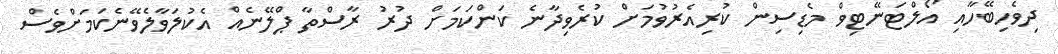
ދިވެހިބޭހާއި އޯލްޓަނޭޓިވް މެޑިސިން ކުރިއެރުވުމަށް ކުރެވިދާނެ ކަންކަމަށް ދުރު ރާސްތާ ޕްލޭނެއް އެކުލަވާލެވޭނެކަމަށްވެސް